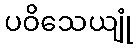
ပဝိသေယျုံ